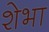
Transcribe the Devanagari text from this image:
शेभा